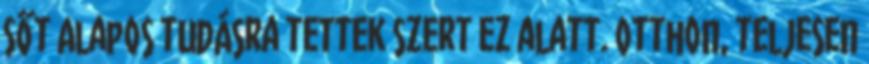
Sőt Alapos tudásra tettek szert ez alatt. Otthon, teljesen